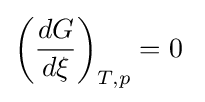
\left({\frac {dG}{d\xi }}\right)_{T,p}=0~